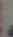
.